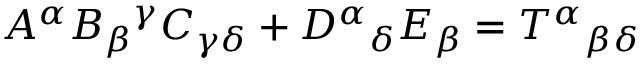
A ^ { \alpha } B _ { \beta } { } ^ { \gamma } C _ { \gamma \delta } + D ^ { \alpha } { } _ { \delta } E _ { \beta } = T ^ { \alpha } { } _ { \beta } { } _ { \delta }